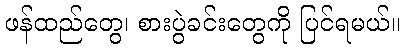
ဖန်ထည်တွေ၊ စားပွဲခင်းတွေကို ပြင်ရမယ်။